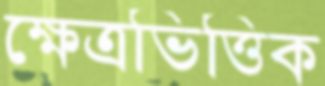
ক্ষেত্রভিত্তিক